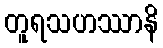
တူရသဟဿာနိ